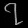
Digit: ၇